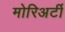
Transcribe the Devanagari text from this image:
मोरिअर्टी